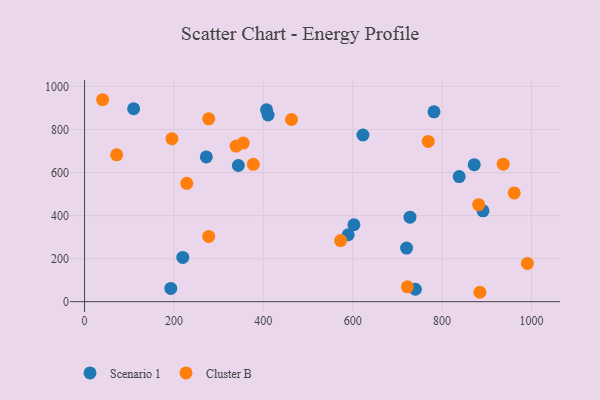
{"axis": {"x": "Ad Spend", "y": "Rating"}, "legend": ["Cluster B", "Scenario 1"], "data": [{"x": "410.7", "y": 867.4, "type": "Scenario 1"}, {"x": "407.3", "y": 891.7, "type": "Scenario 1"}, {"x": "740.4", "y": 57.7, "type": "Scenario 1"}, {"x": "272.5", "y": 672.7, "type": "Scenario 1"}, {"x": "590.0", "y": 311.0, "type": "Scenario 1"}, {"x": "782.0", "y": 882.1, "type": "Scenario 1"}, {"x": "602.8", "y": 357.3, "type": "Scenario 1"}, {"x": "109.8", "y": 896.3, "type": "Scenario 1"}, {"x": "192.9", "y": 61.3, "type": "Scenario 1"}, {"x": "623.0", "y": 774.3, "type": "Scenario 1"}, {"x": "891.7", "y": 421.9, "type": "Scenario 1"}, {"x": "344.1", "y": 632.6, "type": "Scenario 1"}, {"x": "720.6", "y": 248.8, "type": "Scenario 1"}, {"x": "838.4", "y": 581.3, "type": "Scenario 1"}, {"x": "872.0", "y": 636.5, "type": "Scenario 1"}, {"x": "219.8", "y": 205.4, "type": "Scenario 1"}, {"x": "728.3", "y": 392.4, "type": "Scenario 1"}, {"x": "339.0", "y": 722.7, "type": "Cluster B"}, {"x": "277.8", "y": 849.4, "type": "Cluster B"}, {"x": "936.9", "y": 638.8, "type": "Cluster B"}, {"x": "71.8", "y": 682.3, "type": "Cluster B"}, {"x": "722.4", "y": 68.8, "type": "Cluster B"}, {"x": "355.1", "y": 737.0, "type": "Cluster B"}, {"x": "377.7", "y": 638.2, "type": "Cluster B"}, {"x": "195.5", "y": 757.3, "type": "Cluster B"}, {"x": "40.4", "y": 938.3, "type": "Cluster B"}, {"x": "961.5", "y": 505.4, "type": "Cluster B"}, {"x": "463.2", "y": 846.4, "type": "Cluster B"}, {"x": "991.0", "y": 177.7, "type": "Cluster B"}, {"x": "228.7", "y": 550.0, "type": "Cluster B"}, {"x": "769.1", "y": 744.7, "type": "Cluster B"}, {"x": "882.0", "y": 450.8, "type": "Cluster B"}, {"x": "573.1", "y": 283.7, "type": "Cluster B"}, {"x": "277.8", "y": 302.9, "type": "Cluster B"}, {"x": "884.7", "y": 43.6, "type": "Cluster B"}]}